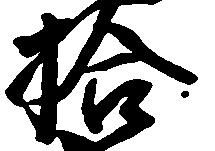
拾